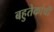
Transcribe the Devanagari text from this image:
बहुतेकांची